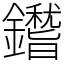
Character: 鑙